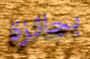
بجائزة